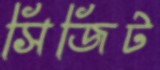
সিজিট